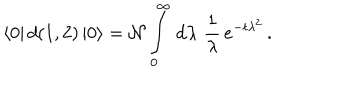
\langle 0 | \, d ( 1 , 2 ) \, | 0 \rangle = { \cal N } \int _ { 0 } ^ { \infty } \, \mathrm { d } \lambda \, \, \frac { 1 } { \lambda } \, e ^ { - t \lambda ^ { 2 } } \, .